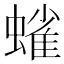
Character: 𫋗